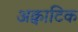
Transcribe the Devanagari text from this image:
अक्वाटिक